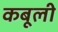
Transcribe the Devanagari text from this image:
कबूली